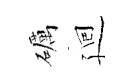
礪廻